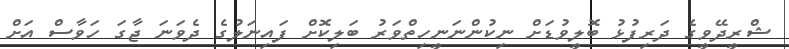
ޝްރީދޭވީގެ ދަރިފުޅު ބޮލީވުޑަށް ނިކުންނަނީހިތްވަރު ބަލިކޮށް ފައިނަލުގެ ދެވަނަ ޖާގަ ހަވާސް އަށް